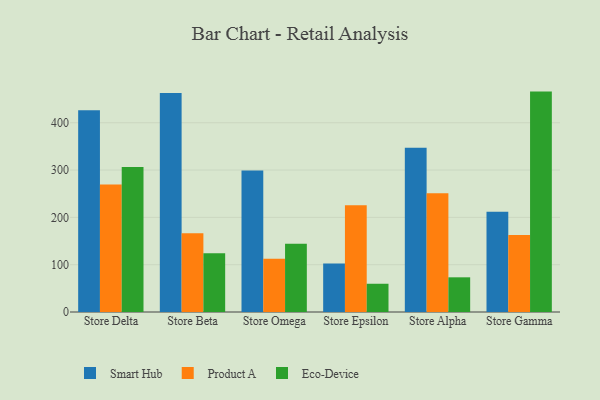
{"axis": {"x": "Store", "y": "Page Views"}, "legend": ["Eco-Device", "Product A", "Smart Hub"], "data": [{"x": "Store Delta", "y": 426.3, "type": "Smart Hub"}, {"x": "Store Delta", "y": 269.4, "type": "Product A"}, {"x": "Store Delta", "y": 306.6, "type": "Eco-Device"}, {"x": "Store Beta", "y": 462.8, "type": "Smart Hub"}, {"x": "Store Beta", "y": 166.6, "type": "Product A"}, {"x": "Store Beta", "y": 124.0, "type": "Eco-Device"}, {"x": "Store Omega", "y": 298.8, "type": "Smart Hub"}, {"x": "Store Omega", "y": 112.7, "type": "Product A"}, {"x": "Store Omega", "y": 144.5, "type": "Eco-Device"}, {"x": "Store Epsilon", "y": 102.5, "type": "Smart Hub"}, {"x": "Store Epsilon", "y": 225.6, "type": "Product A"}, {"x": "Store Epsilon", "y": 59.7, "type": "Eco-Device"}, {"x": "Store Alpha", "y": 347.3, "type": "Smart Hub"}, {"x": "Store Alpha", "y": 251.2, "type": "Product A"}, {"x": "Store Alpha", "y": 73.3, "type": "Eco-Device"}, {"x": "Store Gamma", "y": 212.1, "type": "Smart Hub"}, {"x": "Store Gamma", "y": 162.5, "type": "Product A"}, {"x": "Store Gamma", "y": 465.8, "type": "Eco-Device"}]}